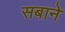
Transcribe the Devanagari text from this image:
सबाने